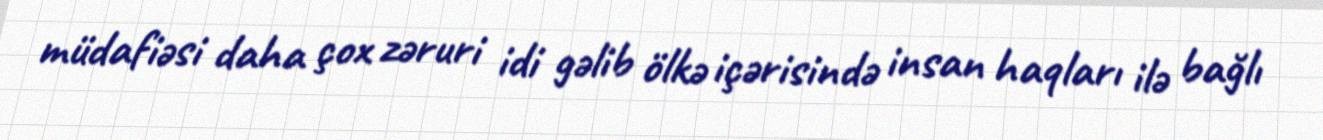
müdafiəsi daha çox zəruri idi gəlib ölkə içərisində insan haqları ilə bağlı